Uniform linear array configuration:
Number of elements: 24
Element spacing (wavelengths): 0.5
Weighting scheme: blackman
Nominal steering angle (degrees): -45
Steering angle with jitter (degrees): -44.41
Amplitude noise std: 0.05
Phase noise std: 0.05

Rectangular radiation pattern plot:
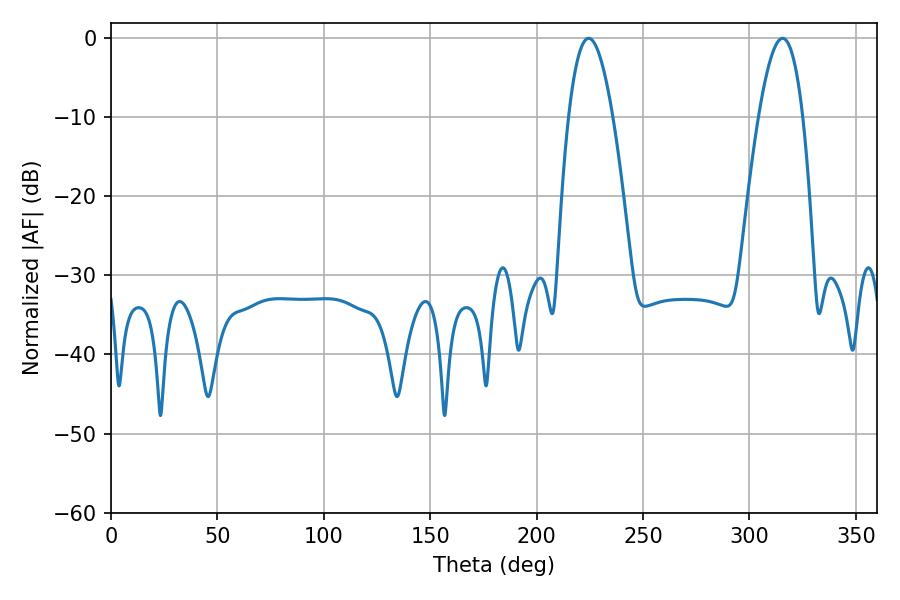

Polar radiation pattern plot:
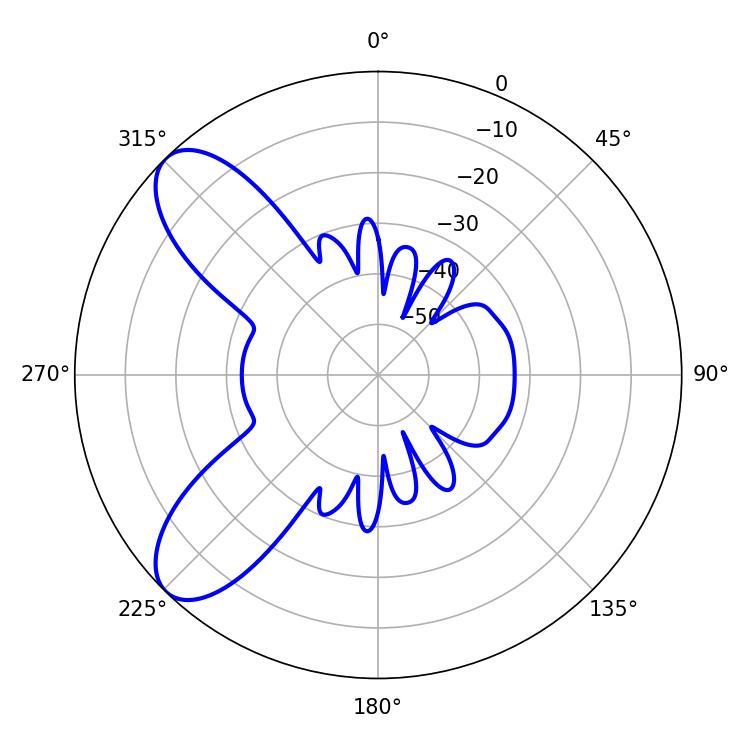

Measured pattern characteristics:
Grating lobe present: FALSE
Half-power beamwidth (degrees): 11.34
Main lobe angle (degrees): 224.46